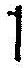
1